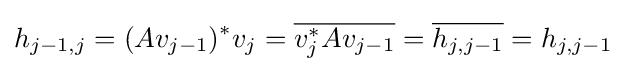
h_{j-1,j}=(Av_{j-1})^{*}v_{j}={\overline {v_{j}^{*}Av_{j-1}}}={\overline {h_{j,j-1}}}=h_{j,j-1}